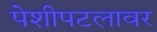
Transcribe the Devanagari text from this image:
पेशीपटलावर